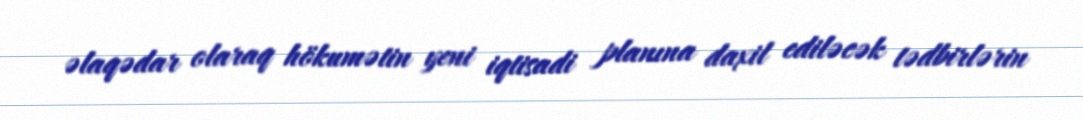
əlaqədar olaraq hökumətin yeni iqtisadi planına daxil ediləcək tədbirlərin